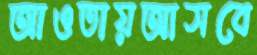
আওতায়আসবে